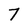
Character: 7